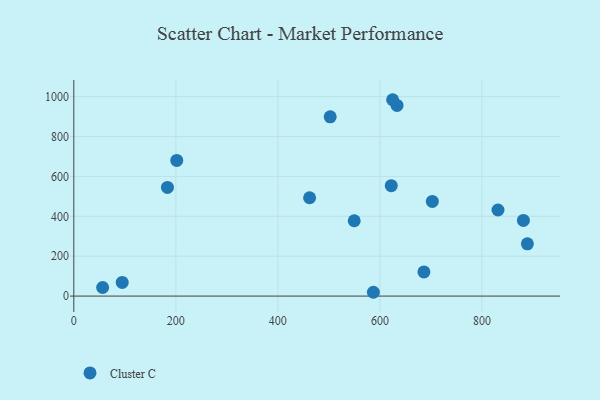
{"axis": {"x": "Study Hours", "y": "Yield"}, "legend": ["Cluster C"], "data": [{"x": "549.7", "y": 377.7, "type": "Cluster C"}, {"x": "633.6", "y": 955.9, "type": "Cluster C"}, {"x": "625.0", "y": 984.6, "type": "Cluster C"}, {"x": "183.6", "y": 544.9, "type": "Cluster C"}, {"x": "502.6", "y": 898.7, "type": "Cluster C"}, {"x": "686.3", "y": 121.1, "type": "Cluster C"}, {"x": "587.3", "y": 19.1, "type": "Cluster C"}, {"x": "881.3", "y": 379.6, "type": "Cluster C"}, {"x": "201.8", "y": 680.3, "type": "Cluster C"}, {"x": "889.1", "y": 262.2, "type": "Cluster C"}, {"x": "94.9", "y": 68.5, "type": "Cluster C"}, {"x": "56.5", "y": 43.0, "type": "Cluster C"}, {"x": "622.3", "y": 553.5, "type": "Cluster C"}, {"x": "831.5", "y": 431.6, "type": "Cluster C"}, {"x": "702.8", "y": 474.6, "type": "Cluster C"}, {"x": "462.2", "y": 493.0, "type": "Cluster C"}]}